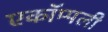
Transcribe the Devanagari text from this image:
एकॉम्पली